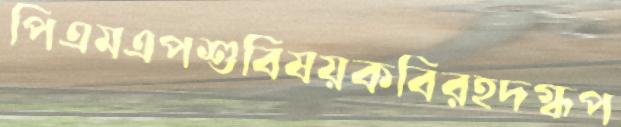
পিএমএপশুবিষয়কবিরহদগ্ধপ